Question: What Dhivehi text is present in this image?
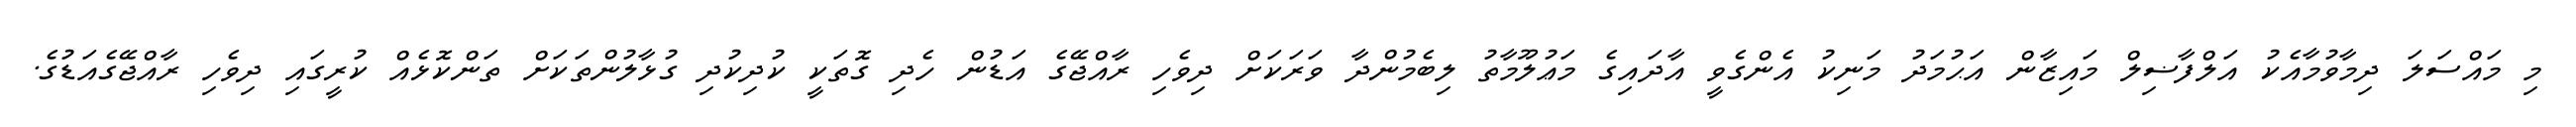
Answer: މި މައްސަލަ ދިމާވުމާއެކު އަލްފާޟިލް މައިޒާން އަޙުމަދު މަނިކު އެންގެވީ އާދައިގެ މަޢުލޫމާތު ލިބެމުންދާ ވަރަކަށް ދިވެހި ރާއްޖޭގެ އަޑުން ހެދި ގޮތަކީ ކުދިކުދި ގުޅާލުންތަކަށް ތަންކޮޅެއް ކުރީގައި ދިވެހި ރާއްޖޭގެއަޑުގެ.